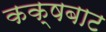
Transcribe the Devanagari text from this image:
कक्षबाट